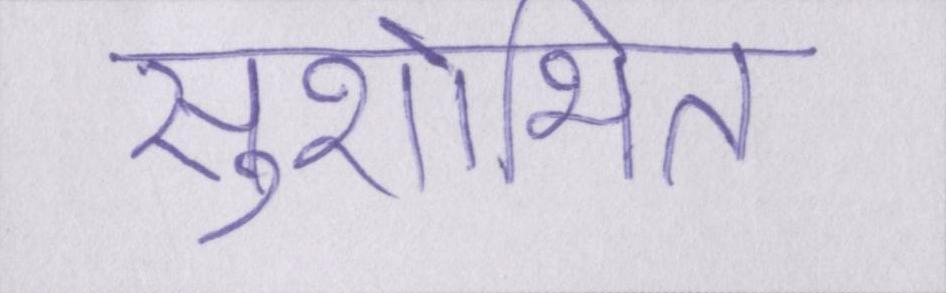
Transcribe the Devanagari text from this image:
सुशोभित